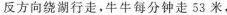
反方向绕湖行走，牛牛每分钟走53米，